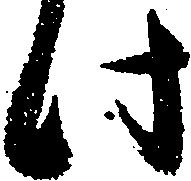
此